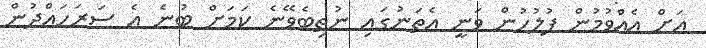
އަށް އެއްވުމުން ފުލުހުން ވަނީ އެތަނުގައި ނުތިބެވޭނެ ކަމަށް ބުނެ އެ ސަރަހައްދުން